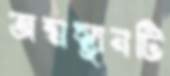
জন্মস্থানটি